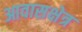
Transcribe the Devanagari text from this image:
आवासक्षेत्र